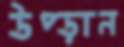
উপ্‌ড়ান